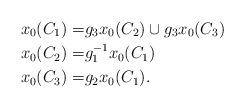
LaTeX: \begin{align*} x_0(C_1) =& g_3x_0(C_2)\cup g_3x_0(C_3) \\ x_0(C_2) =& g_1^{-1}x_0(C_1) \\ x_0(C_3) =& g_2x_0(C_1).\end{align*}